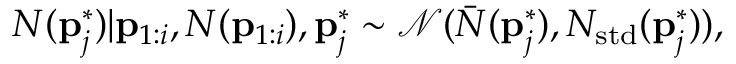
N ( \mathbf { p } _ { j } ^ { * } ) | \mathbf { p } _ { 1 : i } , N ( \mathbf { p } _ { 1 : i } ) , \mathbf { p } _ { j } ^ { * } \sim \mathcal { N } ( \bar { N } ( \mathbf { p } _ { j } ^ { * } ) , N _ { \mathrm { s t d } } ( \mathbf { p } _ { j } ^ { * } ) ) ,